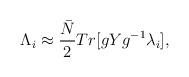
LaTeX: \begin{align*}{\Lambda}_i \approx\frac{{\bar N}}{2}Tr[gYg^{-1}{\lambda}_i],\end{align*}